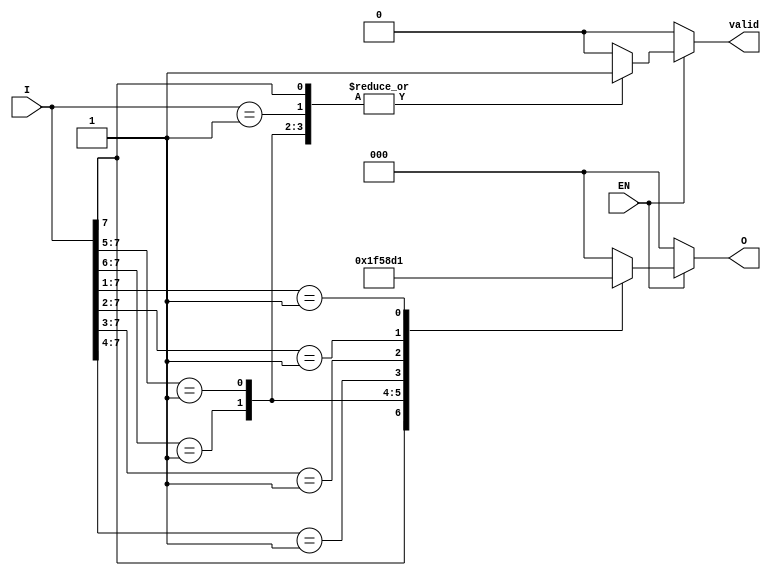
module encoder_8_to_3 (
    input wire [7:0] I,      // 8 input lines
    input wire EN,           // Enable signal
    output reg [2:0] O,      // 3 output lines
    output reg valid         // Output valid signal
);

// Priority encoder logic
always @(*) begin
    if (!EN) begin
        // If enable is low, set outputs to a predefined state (0)
        O = 3'b000;
        valid = 0;
    end else begin
        // Default outputs
        O = 3'b000; // Default to binary 0
        valid = 0;  // Assume no valid input

        casez (I) // Use casez to handle don't care conditions
            8'b1???????: begin O = 3'b111; valid = 1; end // I7 active
            8'b01??????: begin O = 3'b110; valid = 1; end // I6 active
            8'b001?????: begin O = 3'b101; valid = 1; end // I5 active
            8'b0001????: begin O = 3'b100; valid = 1; end // I4 active
            8'b00001???: begin O = 3'b011; valid = 1; end // I3 active
            8'b000001??: begin O = 3'b010; valid = 1; end // I2 active
            8'b0000001?: begin O = 3'b001; valid = 1; end // I1 active
            8'b00000001: begin O = 3'b000; valid = 1; end // I0 active
            default: begin // No active inputs
                O = 3'b000; // All outputs could be zero or a specific error code
                valid = 0; // No valid input
            end
        endcase
    end
end

endmodule